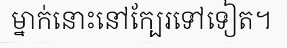
ម្នាក់នោះនៅក្បែរទៅទៀត។